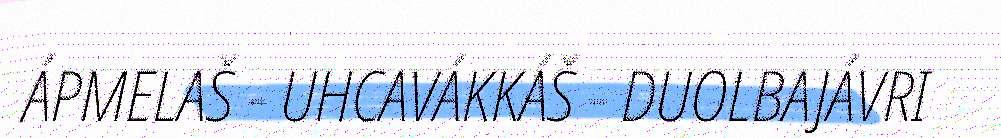
ÁPMELAŠ - UHCAVÁKKÁŠ - DUOLBAJÁVRI